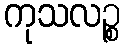
ကုသလဉ္စ